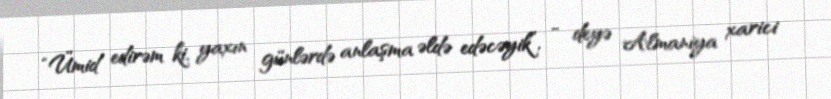
“Ümid edirəm ki, yaxın günlərdə anlaşma əldə edəcəyik”, - deyə Almaniya xarici